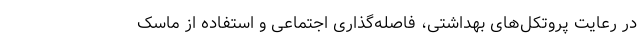
در رعایت پروتکل‌های بهداشتی، فاصله‌گذاری اجتماعی و استفاده از ماسک